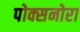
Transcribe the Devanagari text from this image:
पोक्सनोरा